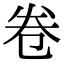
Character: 卷